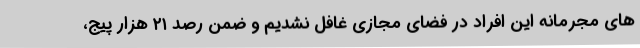
های مجرمانه این افراد در فضای مجازی غافل نشدیم و ضمن رصد ۲۱ هزار پیج،